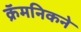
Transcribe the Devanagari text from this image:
क्रॅमनिकने